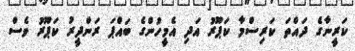
ކަރީނާގެ ދައްތަ ކަރިސްމާ ކަޕޫރު އަދި އެމީހުންގެ ބައްޕަ ރަންދީރު ކަޕޫރު ވެސް